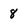
Character: 8